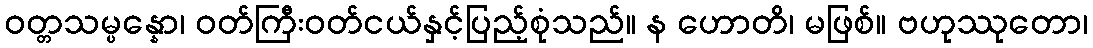
ဝတ္တသမ္ပန္နော၊ ဝတ်ကြီးဝတ်ငယ်နှင့်ပြည့်စုံသည်။ န ဟောတိ၊ မဖြစ်။ ဗဟုဿုတော၊